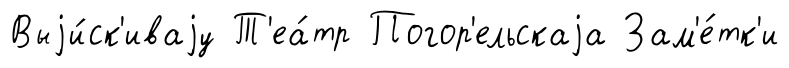
Выjи́ск'иваjу Т'еа́тр Погор'ельскаjа Зам'е́тк'и